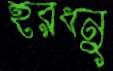
হরধনু